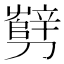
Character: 㔎